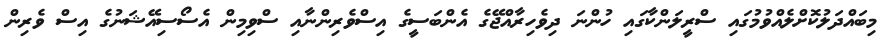
މިބައްދަލުކޮށްލެއްވުމުގައި ސްރީލަންކާގައި ހުންނަ ދިވެހިރާއްޖޭގެ އެންބަސީގެ އިސްވެރިންނާއި ސްވިމިން އެސޯސިއޭޝަނުގެ އިސް ވެރިން